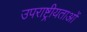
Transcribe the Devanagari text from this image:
उपराष्ट्रीयताओं